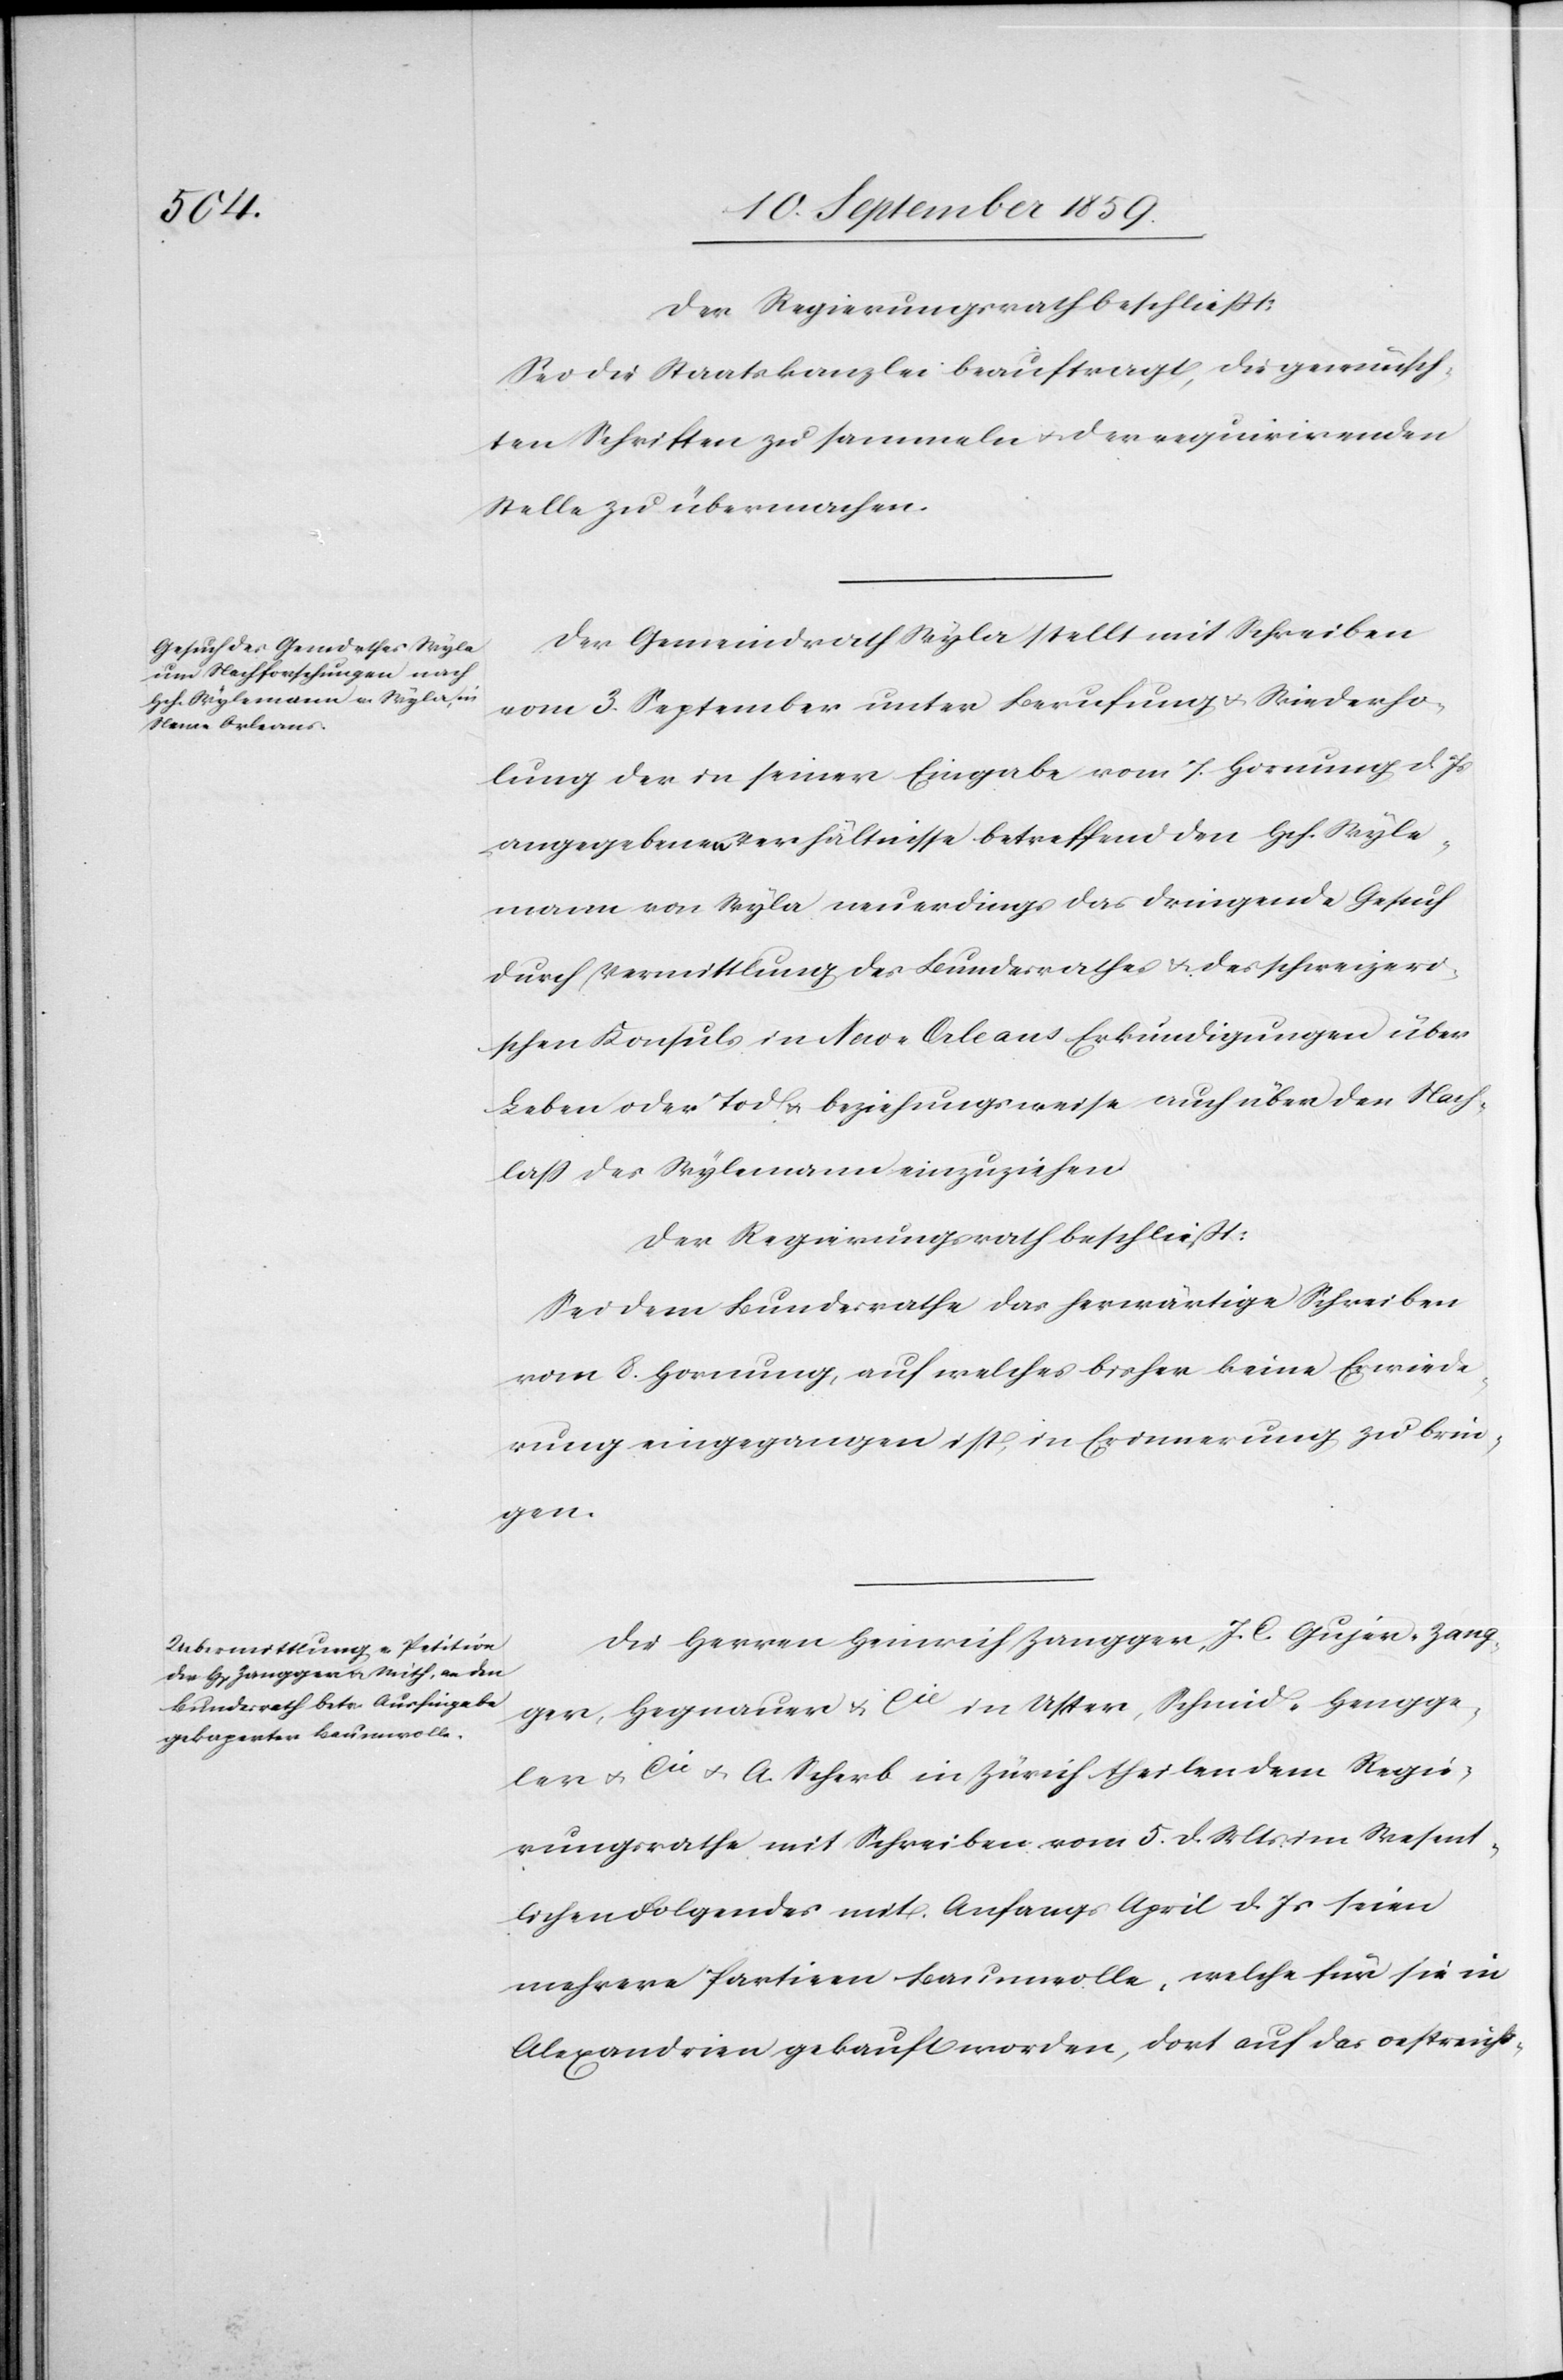
Sei die Staatskanzlei beauftragt, die gewünsch¬
ten Schriften zu sammeln & der requirirenden
Stelle zu übermachen.
Der Gemeindrath Wyla stellt mit Schreiben
vom 3. September unter Berufung & Wiederho¬
lung der in seiner Eingabe vom 7. Hornung d. Js.
angegebenen Verhältnisse betreffend den Hch. Wyle¬
mann von Wyla neuerdings das dringende Gesuch
durch Vermittlung des Bundesrathes & des schweizeri¬
schen Konsuls in New-Orleans Erkundigungen über
Leben oder Tod & beziehungsweise auch über den Nach¬
laß des Wylemann einzuziehen.
Der Regierungsrath beschließt:
Sei dem Bundesrath das herwärtige Schreiben
vom 8. Hornung, auf welches bisher keine Erwiede¬
rung eingegangen ist, in Erinnerung zu brin¬
gen.
Die Herren Heinrich Zangger, J. C. Gujer-Zang¬
ger, Hegnauer & Cie. in Uster, Schmid-Hengge¬
ler & Cie. & A. Scherb in Zürich theilen dem Regie¬
rungsrathe mit Schreiben vom 5. d. Mts. im Wesent¬
lichen Folgendes mit. Anfangs April d. Js. seien
mehrere Partieen [sic!] Baumwolle, welche für sie in
Alexandrien gekauft worden, dort auf das oestreichi-